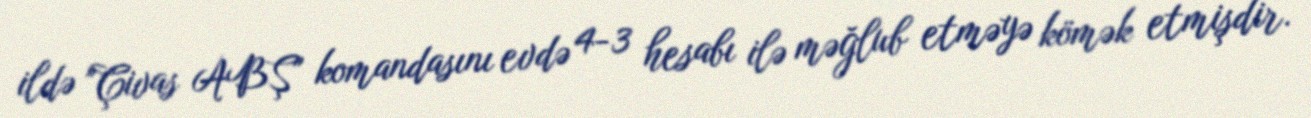
ildə "Çivas ABŞ" komandasını evdə 4-3 hesabı ilə məğlub etməyə kömək etmişdir.